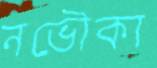
নভৌকা